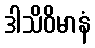
ဒါသိဝိမာနံ